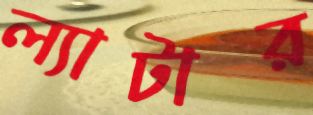
ল্যাটার